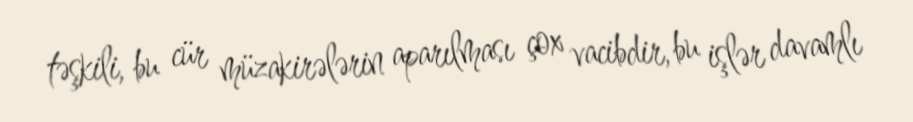
təşkili, bu cür müzakirələrin aparılması çox vacibdir, bu işlər davamlı